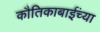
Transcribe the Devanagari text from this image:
कौतिकाबाईंच्या